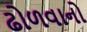
ઢોળવાનો